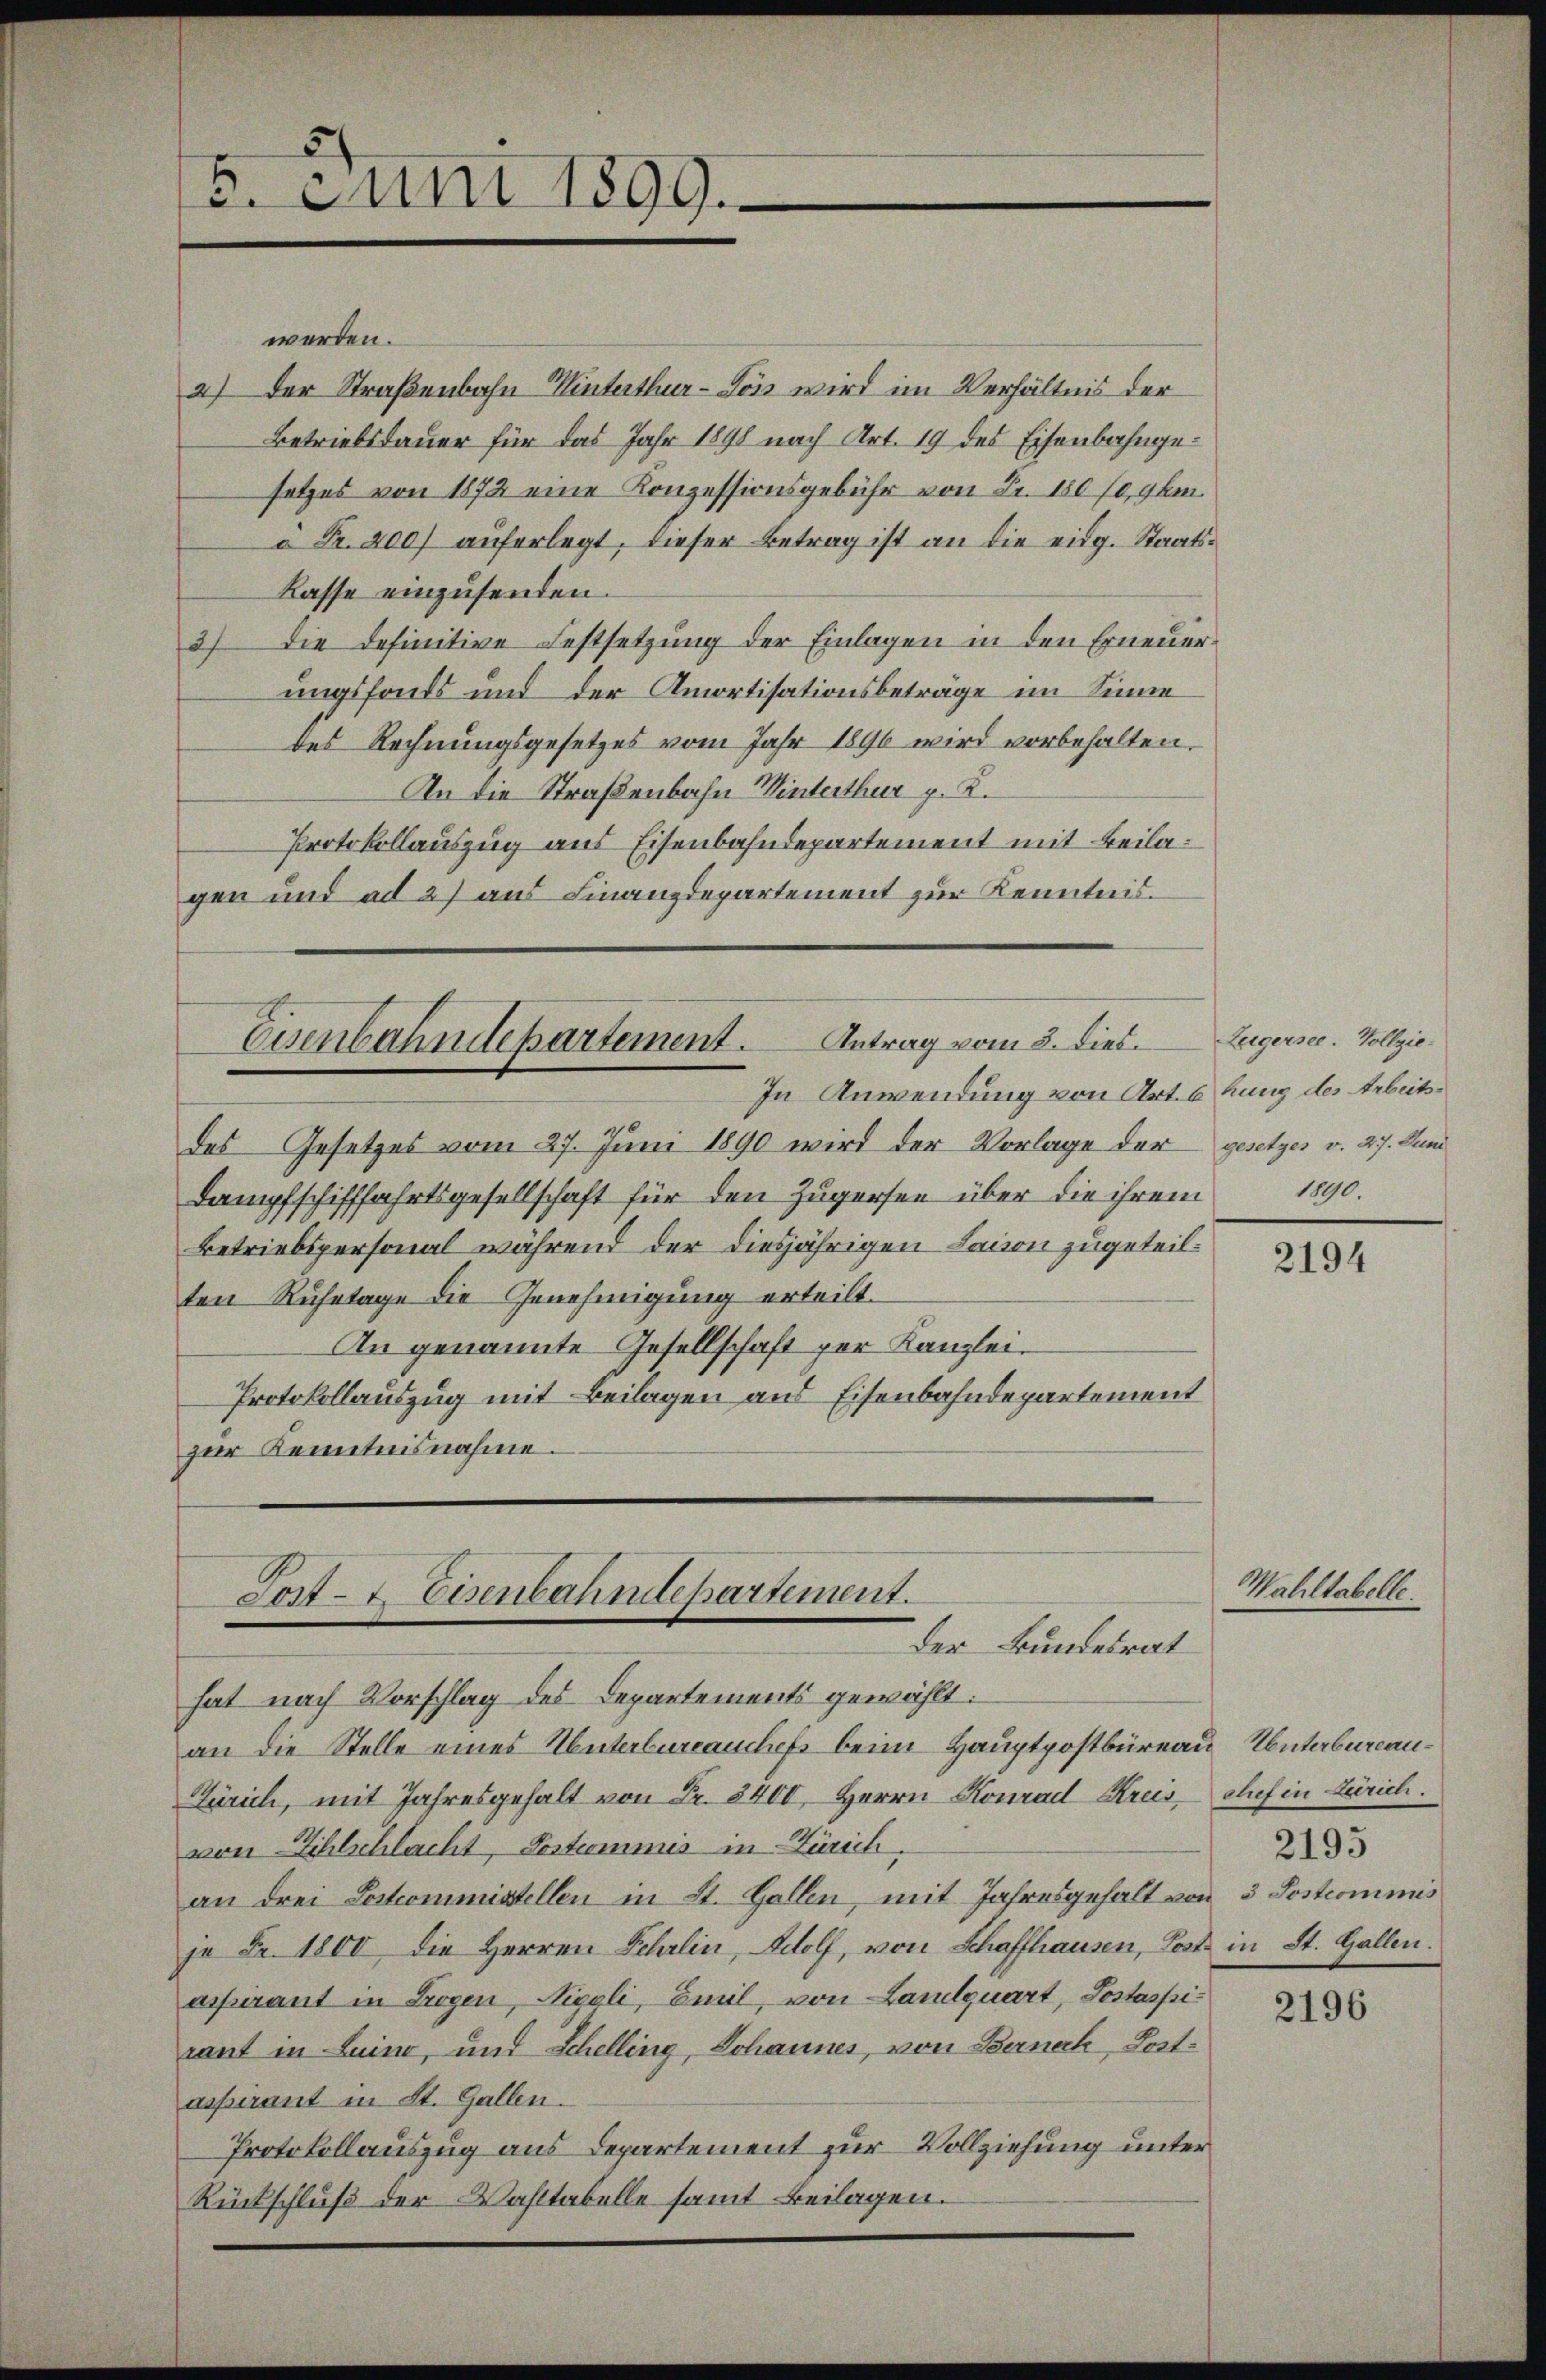
5. Juni 1899.

werden.
2) der Straßenbahn Winterthur -Lös wird im Verhältnis der
Betriebsdauer für das Jahr 1891 nach Art. 19 des Eisenbahngesetzes von 1872 eine Konzessionsgebühr von Fr. 180/0,9bm.
" Fr. 400 aŭferlegt, dieser Betrag ist an die eidg. Staats¬
Kasse einzusenden.
3) die definitive Festsetzung der Einlagen in den Erneuerungsfonds und der Amortisationsbeträge im Sinne
des Rechnungsgesetzes vom Jahr 1890 wird vorbehalten.
An die Straßenbahn Winterthur p. K.
Protokollauszug aus Eisenbahndepartement mit Beilagen und ad 2) aus Finanzdepartement zur Kenntnis¬
Esenbahndepartement. Antrag vom 3. dies.
In Anwendung von Art. 6 hung des Arbeitsdes Gesetzes vom 27. Juni 1890 wird der Vorlage der gesetzes v. 27. Juni
Dampfschifffahrtsgesellschaft für den Zŭgersee über die ihrem 1890.
Betriebspersonal während der diesjährigen Lacion zugeteilten Ruhetage die Genehmigung erteilt.
An genannte Gesellschaft per Kanzlei-
Protokollauszug mit Beilagen aus Eisenbahndepartement
zur Kenntnisnahme.

Post- & Eisenbahndepartement.
der Bundesrat
hat nach Vorschlag des Departements gewählt:

an die Stelle eines Unterbureaushefs beim Hauptpostbüreau Unterbureau¬
Zürich, mit Jahresgehalt von Fr. 3400. Herrn Konrad Kreis, chef in Zürich.
von Zihlschlacht, Postcommis in Zürich,
an drei Postcommisstellen in St. Gallen, mit Jahresgehalt von 3 Postcommis
je Fr. 1800 die Herren Fehrlin, Wolf, von Schaffhausen, Post in St. Gallen.
aspirant in Trogen, Niggli, Emil, von Landquart, Postaspirant in Luino, und Schelling, Johannes, von Bernach, Postaspirant in St. Gallen.
Protokollauszug aus Departement zur Vollziehung unter
Rückschluß der Wahltabelle samt Beilagen.

Zeigersee. Vollzie¬

Mahltabelle.

2194

2195

2196